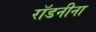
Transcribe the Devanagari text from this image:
रॉडनीना